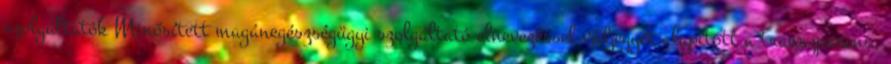
szolgáltatók Minősített magánegészségügyi szolgáltató elnevezéssel védjegyet alapított a transzparens,